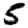
Digit: 5